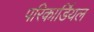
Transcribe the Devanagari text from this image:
परिकार्डियल